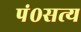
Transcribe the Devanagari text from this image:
पं०सत्य